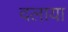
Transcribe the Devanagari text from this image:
दलाया